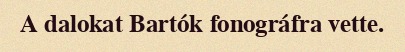
A dalokat Bartók fonográfra vette.